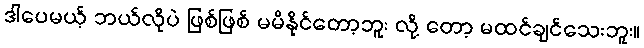
ဒါပေမယ့် ဘယ်လိုပဲ ဖြစ်ဖြစ် မမိနိုင်တော့ဘူး လို့ တော့ မထင်ချင်သေးဘူး။